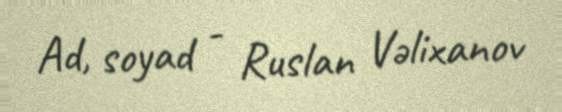
Ad, soyad - Ruslan Vəlixanov